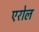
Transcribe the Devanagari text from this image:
एरोल